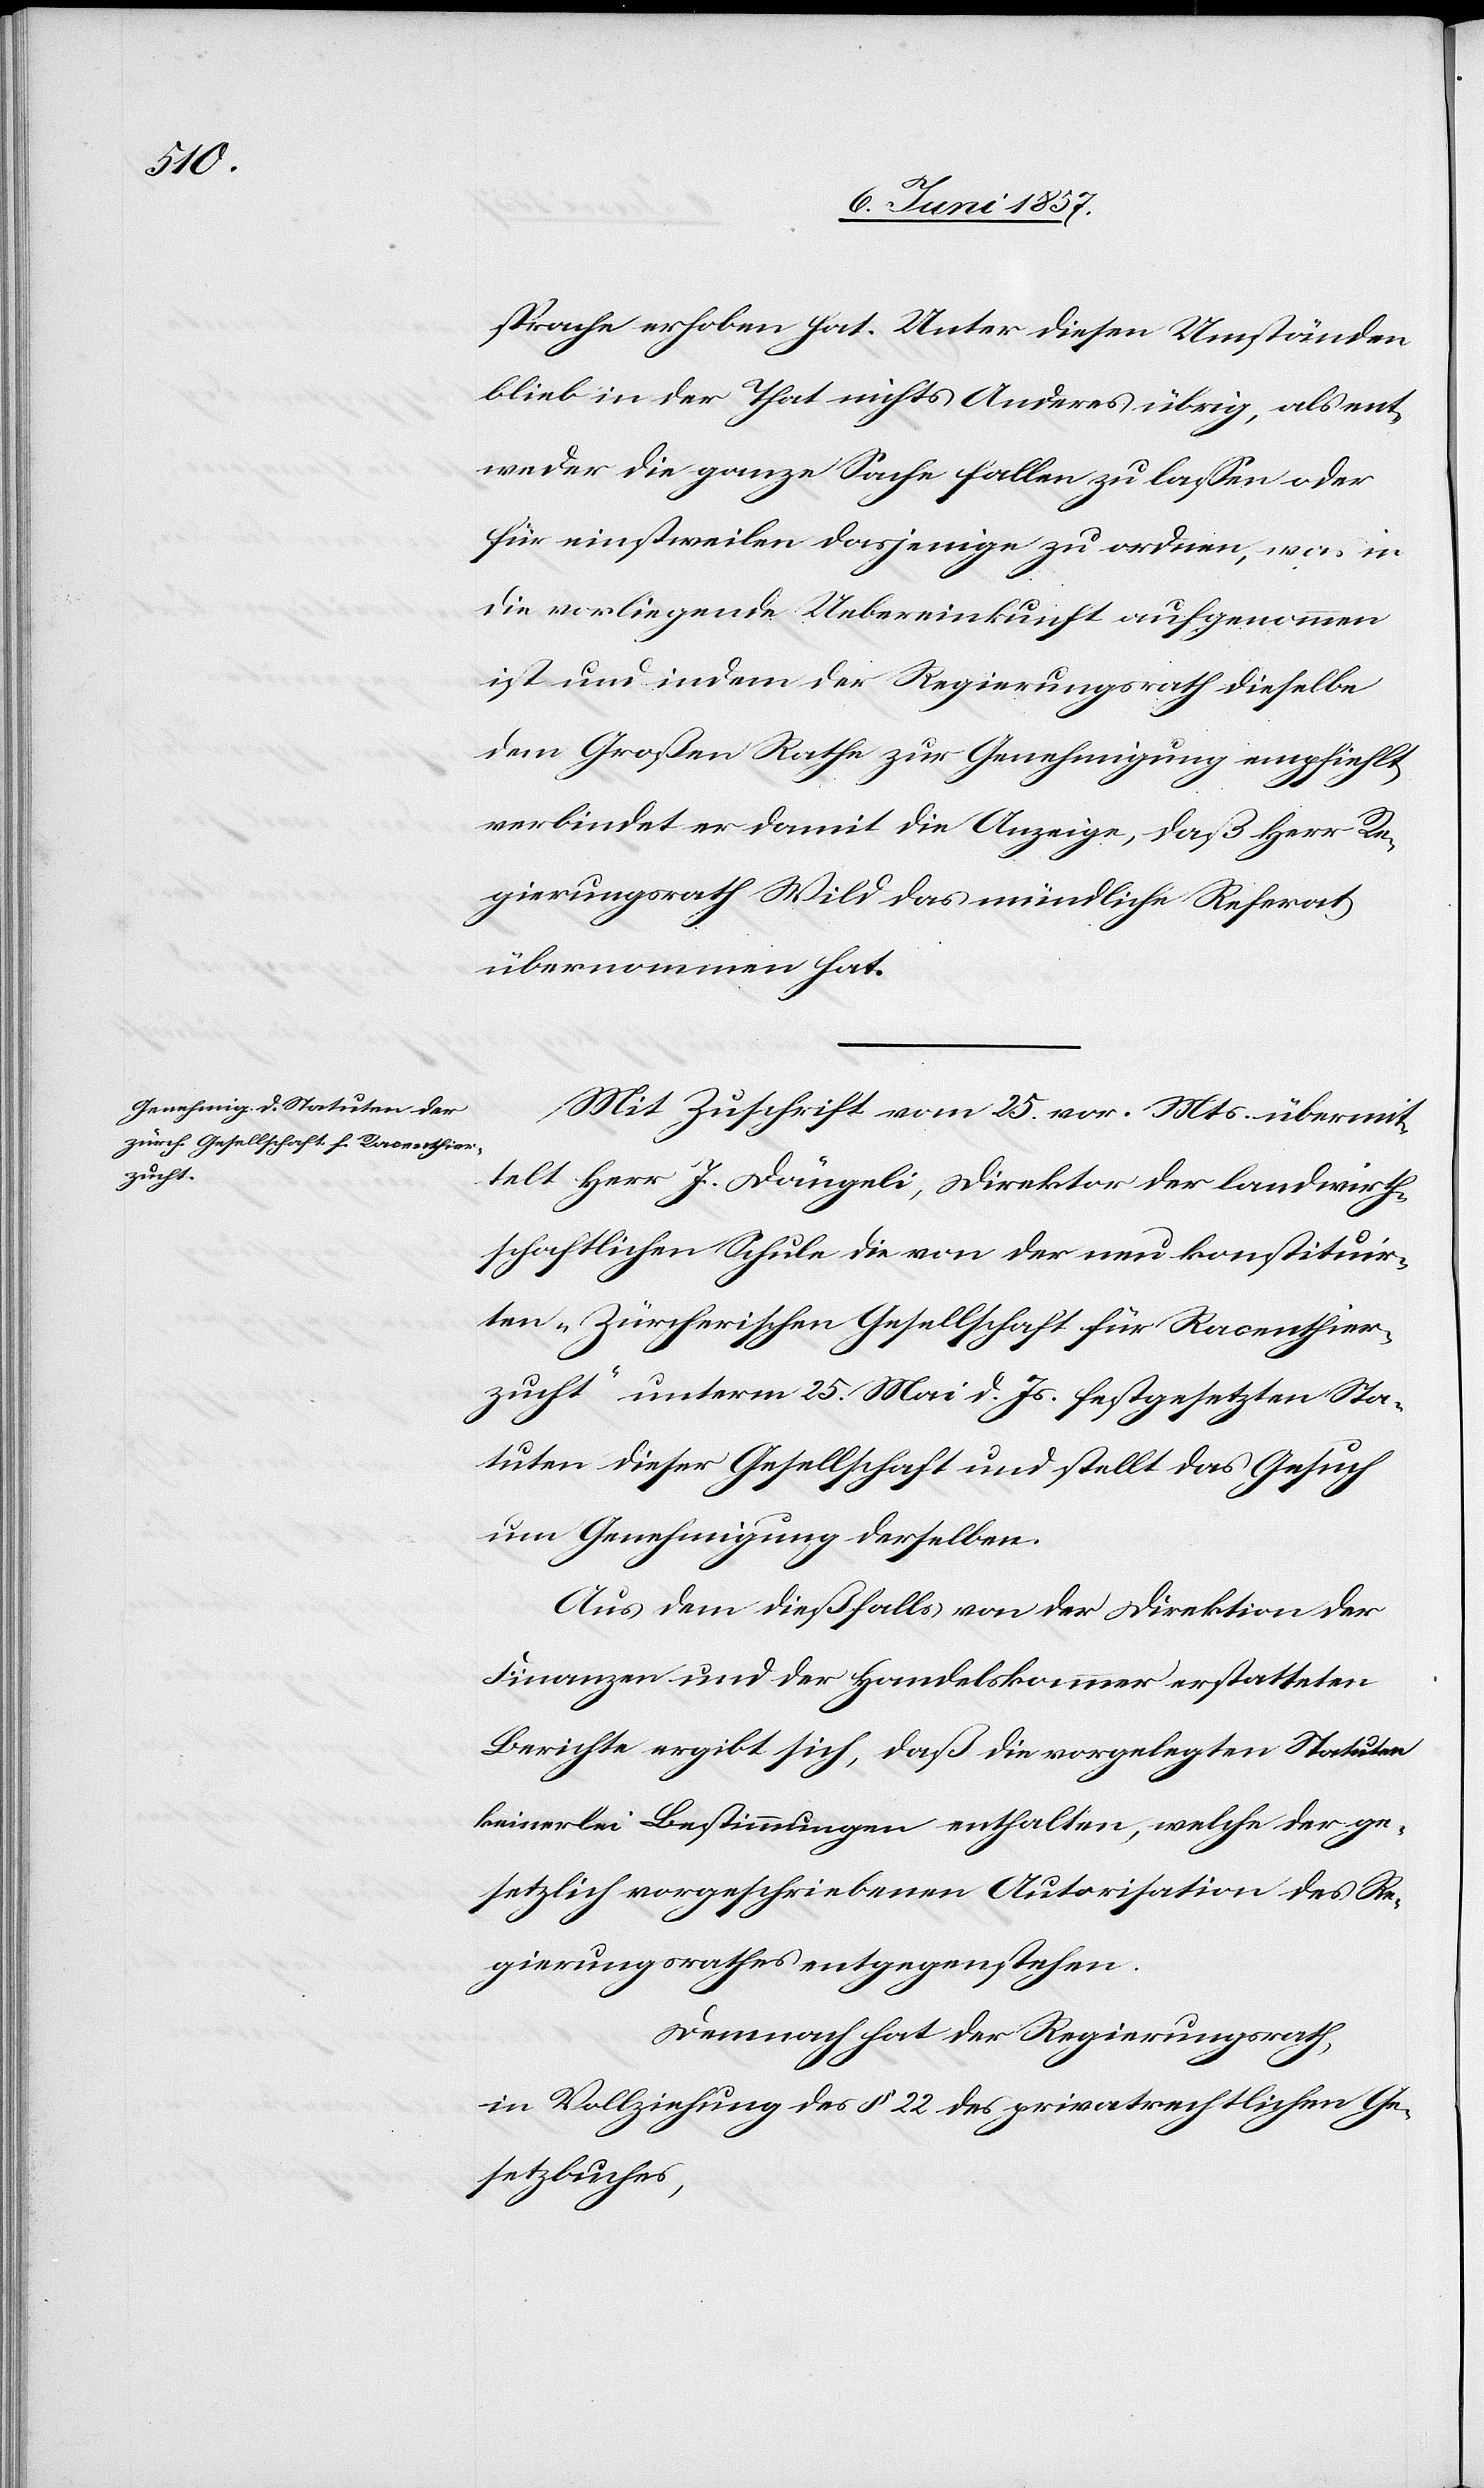
sprache erhoben hat. Unter diesen Umständen
blieb in der That nichts Anderes übrig, als ent¬
weder die ganze Sache fallen zu lassen oder
für einstweilen dasjenige zu ordnen, was in
die vorliegende Uebereinkunft aufgenommen
ist und indem der Regierungsrath dieselbe
dem Großen Rathe zur Genehmigung empfiehlt
verbindet er damit die Anzeige, daß Herr Re¬
gierungsrath Wild das mündliche Referat
übernommen hat.
Mit Zuschrift vom 25 vor. Mts. übermit¬
telt Herr J. Dängeli, Direktor der landwirth¬
schaftlichen Schule die von der nun konstituir¬
ten „Zürcherischen Gesellschaft für Racenthier¬
zucht“ unterm 25 Mai d. Js. festgesetzten Sta¬
tuten dieser Gesellschaft und stellt das Gesuch
um Genehmigung derselben.
Aus dem dießfalls von der Direktion der
Finanzen und der Handelskammer erstatteten
Berichte ergibt sich, daß die vorgelegten Statuten
keinerlei Bestimmungen enthalten, welche der ge¬
setzlich vorgeschriebenen Autorisation des Re¬
gierungsrathes entgegenstehen.
Demnach hat der Regierungsrath,
in Vollziehung des § 22 des privatrechtlichen Ge¬
setzbuches,